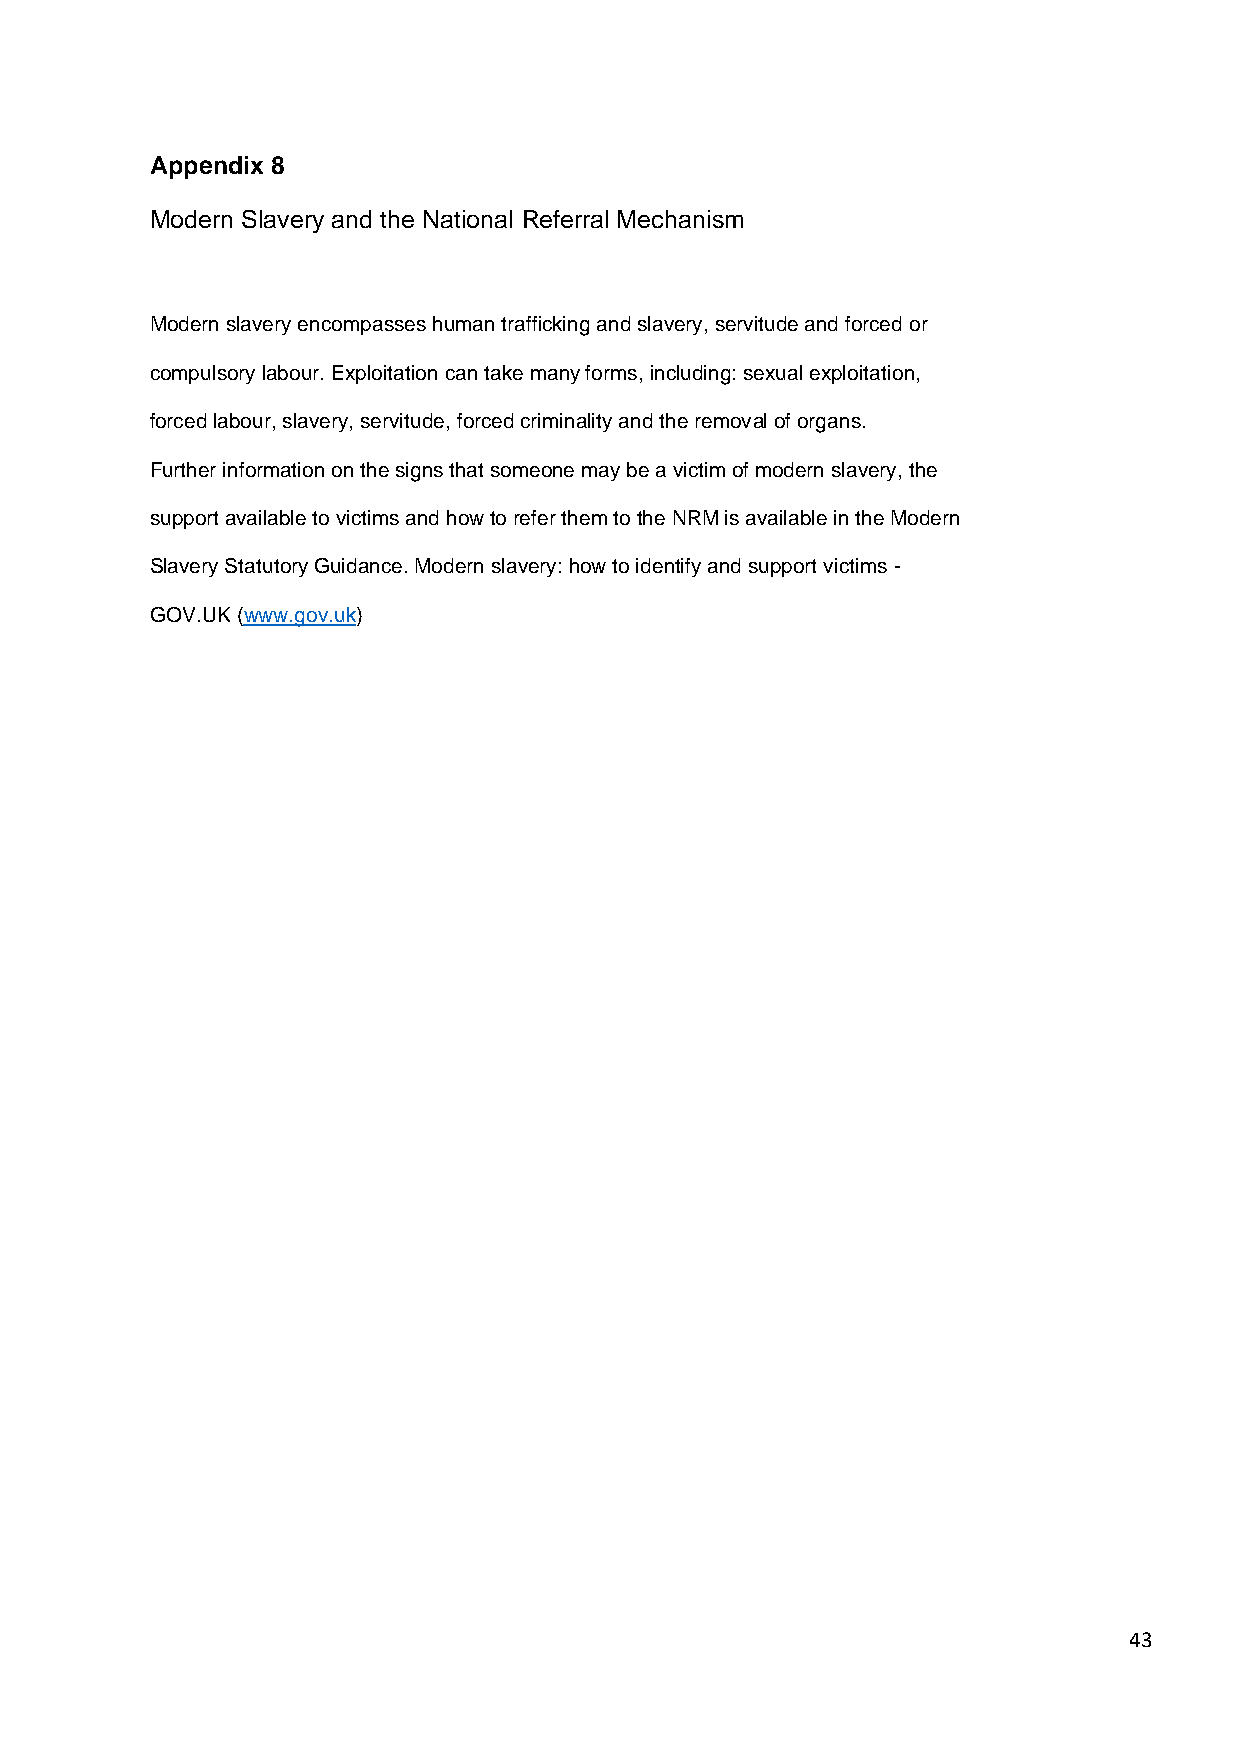
Appendix 8
 Modern Slavery and the National Referral Mechanism
 Modern slavery encompasses human trafficking and slavery, servitude and forced or
 compulsory labour. Exploitation can take many forms, including: sexual exploitation,
 forced labour, slavery, servitude, forced criminality and the removal of organs.
 Further information on the signs that someone may be a victim of modern slavery, the
 support available to victims and how to refer them to the NRM is available in the Modern
 Slavery Statutory Guidance. Modern slavery: how to identify and support victims -
 GOV.UK (www.gov.uk)
 43